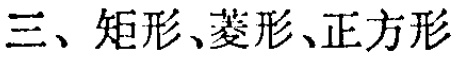
三、矩形、菱形、正方形